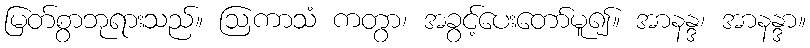
မြတ်စွာဘုရားသည်။ ဩကာသံ ကတွာ၊ အခွင့်ပေးတော်မူ၍။ အာနန္ဒ၊ အာနန္ဒာ။